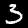
Label: 3